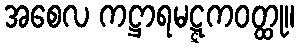
အစေလ ကဋ္ဌာရမဋ္ဋကဝတ္ထု။